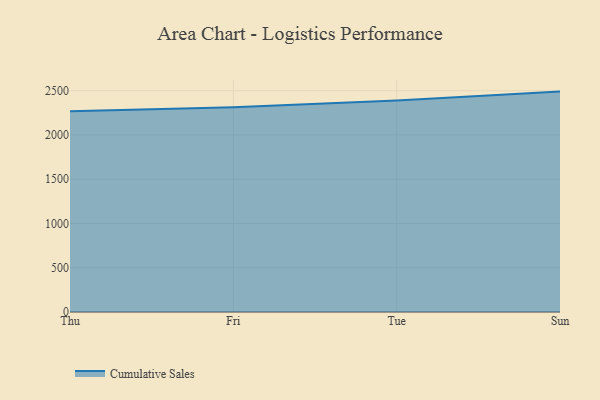
{"axis": {"x": "Day", "y": "LTV (USD)"}, "legend": ["Cumulative Sales"], "data": [{"x": "Thu", "y": 2266.5, "type": "Cumulative Sales"}, {"x": "Fri", "y": 2313.1, "type": "Cumulative Sales"}, {"x": "Tue", "y": 2388.5, "type": "Cumulative Sales"}, {"x": "Sun", "y": 2489.4, "type": "Cumulative Sales"}]}